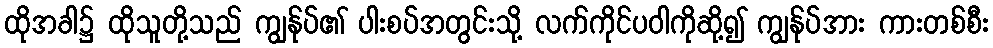
ထိုအခါ၌ ထိုသူတို့သည် ကျွန်ုပ်၏ ပါးစပ်အတွင်းသို့ လက်ကိုင်ပဝါကိုဆို့၍ ကျွန်ုပ်အား ကားတစ်စီး